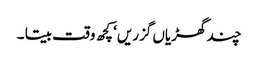
چند گھڑیاں گزریں‘ کچھ وقت بیتا ۔